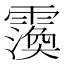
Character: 𮦲